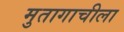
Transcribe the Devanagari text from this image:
मुतागाचीला